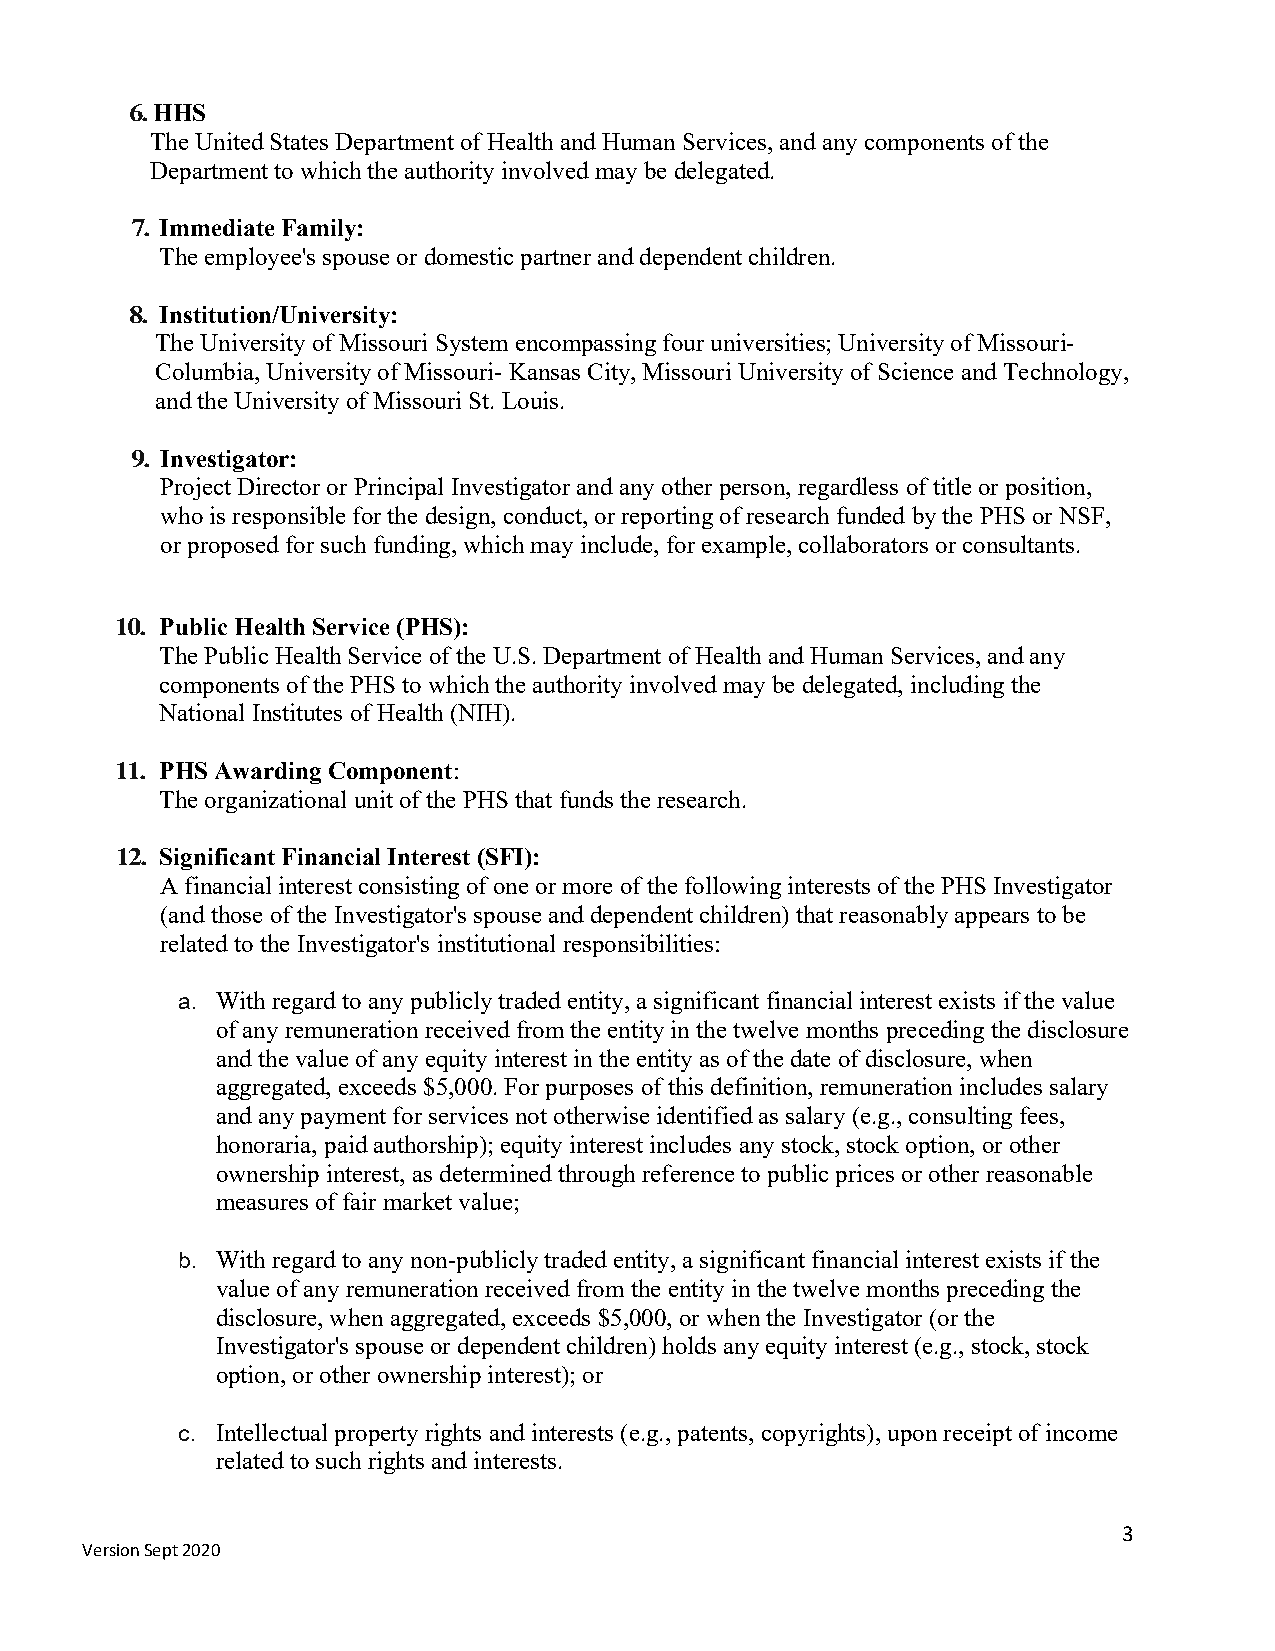
6. HHS
 The United States Department of Health and Human Services, and any components of the
 Department to which the authority involved may be delegated.
 7. Immediate Family:
 The employee's spouse or domestic partner and dependent children.
 8. Institution/University:
 The University of Missouri System encompassing four universities; University of Missouri-
 Columbia, University of Missouri- Kansas City, Missouri University of Science and Technology,
 and the University of Missouri St. Louis.
 9. Investigator:
 Project Director or Principal Investigator and any other person, regardless of title or position,
 who is responsible for the design, conduct, or reporting of research funded by the PHS or NSF,
 or proposed for such funding, which may include, for example, collaborators or consultants.
 10. Public Health Service (PHS):
 The Public Health Service of the U.S. Department of Health and Human Services, and any
 components of the PHS to which the authority involved may be delegated, including the
 National Institutes of Health (NIH).
 11. PHS Awarding Component:
 The organizational unit of the PHS that funds the research.
 12. Significant Financial Interest (SFI):
 A financial interest consisting of one or more of the following interests of the PHS Investigator
 (and those of the Investigator's spouse and dependent children) that reasonably appears to be
 related to the Investigator's institutional responsibilities:
 a. With regard to any publicly traded entity, a significant financial interest exists if the value
 of any remuneration received from the entity in the twelve months preceding the disclosure
 and the value of any equity interest in the entity as of the date of disclosure, when
 aggregated, exceeds $5,000. For purposes of this definition, remuneration includes salary
 and any payment for services not otherwise identified as salary (e.g., consulting fees,
 honoraria, paid authorship); equity interest includes any stock, stock option, or other
 ownership interest, as determined through reference to public prices or other reasonable
 measures of fair market value;
 b. With regard to any non-publicly traded entity, a significant financial interest exists if the
 value of any remuneration received from the entity in the twelve months preceding the
 disclosure, when aggregated, exceeds $5,000, or when the Investigator (or the
 Investigator's spouse or dependent children) holds any equity interest (e.g., stock, stock
 option, or other ownership interest); or
 c. Intellectual property rights and interests (e.g., patents, copyrights), upon receipt of income
 related to such rights and interests.
 3
 Version Sept 2020